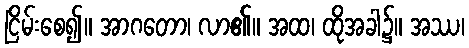
ငြိမ်းစေ၍။ အာဂတော၊ လာ၏။ အထ၊ ထိုအခါ၌။ အဿ၊